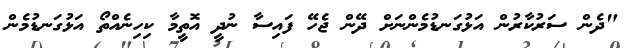
"ދެން ސަރުކާރުން އަޅުގަނޑުމެންނަށް ދޭން ޖެހޭ ފައިސާ ނުދީ އޮތީމާ ކިހިނެއްތޯ އަޅުގަނޑުމެން